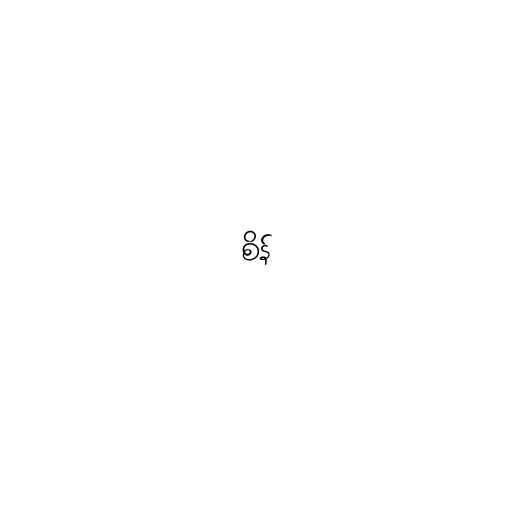
စိန်